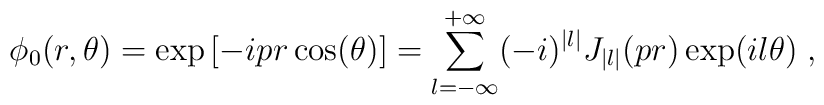
\phi _0(r,\theta )=\exp \left[ -ipr\cos (\theta )\right] =\sum_{l=-\infty}^{+\infty }(-i)^{|l|}J_{|l|}(pr)\exp (il\theta )\;,